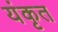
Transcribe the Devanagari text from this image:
यंकृत